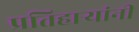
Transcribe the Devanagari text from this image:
प्रतिहार्‍यांनी